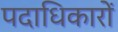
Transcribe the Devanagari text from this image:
पदाधिकारों